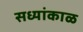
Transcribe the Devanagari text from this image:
सध्यांकाळ